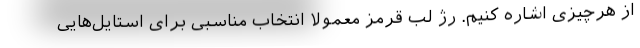
از هرچیزی اشاره کنیم. رژ لب قرمز معمولا انتخاب مناسبی برای استایل‌هایی